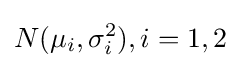
N(\mu _{i},\sigma _{i}^{2}),i=1,2